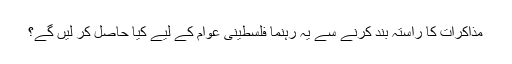
مذاکرات کا راستہ بند کرنے سے یہ رہنما فلسطینی عوام کے لیے کیا حاصل کر لیں گے؟